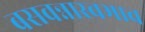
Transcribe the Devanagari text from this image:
बसवन्नास्वभाव